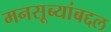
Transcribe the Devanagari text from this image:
मनसूब्यांबद्दल